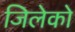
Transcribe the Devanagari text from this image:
जिलेको